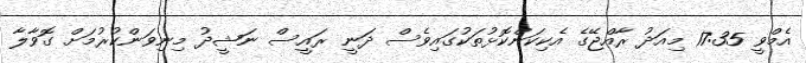
އެމްވީ 17:35 މިއަދު ރާއްޖޭގެ އެކިކަންކޮޅުތަކުގައިވެސް ދަނީ ރައީސް ނަޝީދު މިނިވަންކުރުމަށް ގޮވާލާ